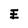
Character: E